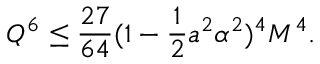
{ Q } ^ { 6 } \leq \frac { 2 7 } { 6 4 } ( 1 - \frac 1 2 a ^ { 2 } \alpha ^ { 2 } ) ^ { 4 } M ^ { 4 } .